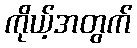
ကိုယ့်အတွက်